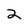
Character: 2